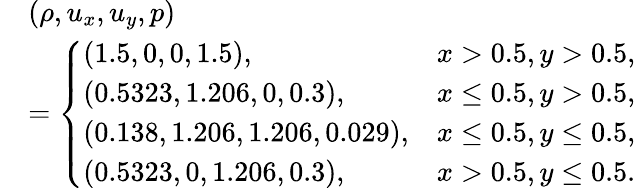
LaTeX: \begin{array}{rl}&{(\rho,u_{x},u_{y},p)}\\ &{=\left\{ \begin{array}{ll}{(1.5,0,0,1.5),}&{x>0.5,y>0.5,}\\ {(0.5323,1.206,0,0.3),}&{x\leq 0.5,y>0.5,}\\ {(0.138,1.206,1.206,0.029),}&{x\leq 0.5,y\leq 0.5,}\\ {(0.5323,0,1.206,0.3),}&{x>0.5,y\leq 0.5.}\end{array}\right.}\end{array}